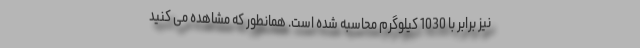
نیز برابر با 1030 کیلوگرم محاسبه شده است. همانطور که مشاهده می کنید